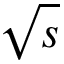
\sqrt { s }